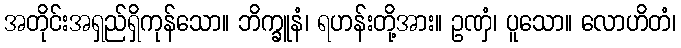
အတိုင်းအရှည်ရှိကုန်သော။ ဘိက္ခူနံ၊ ရဟန်းတို့အား။ ဥဏှံ၊ ပူသော။ လောဟိတံ၊